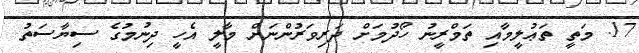
17. މަތީ ތަޢުލީމާއި ތަމްރީނު ހޯދުމަށް ދަރިވަރުންނަށް މާލީ އެހީ ދިނުމުގެ ސިޔާސަތު